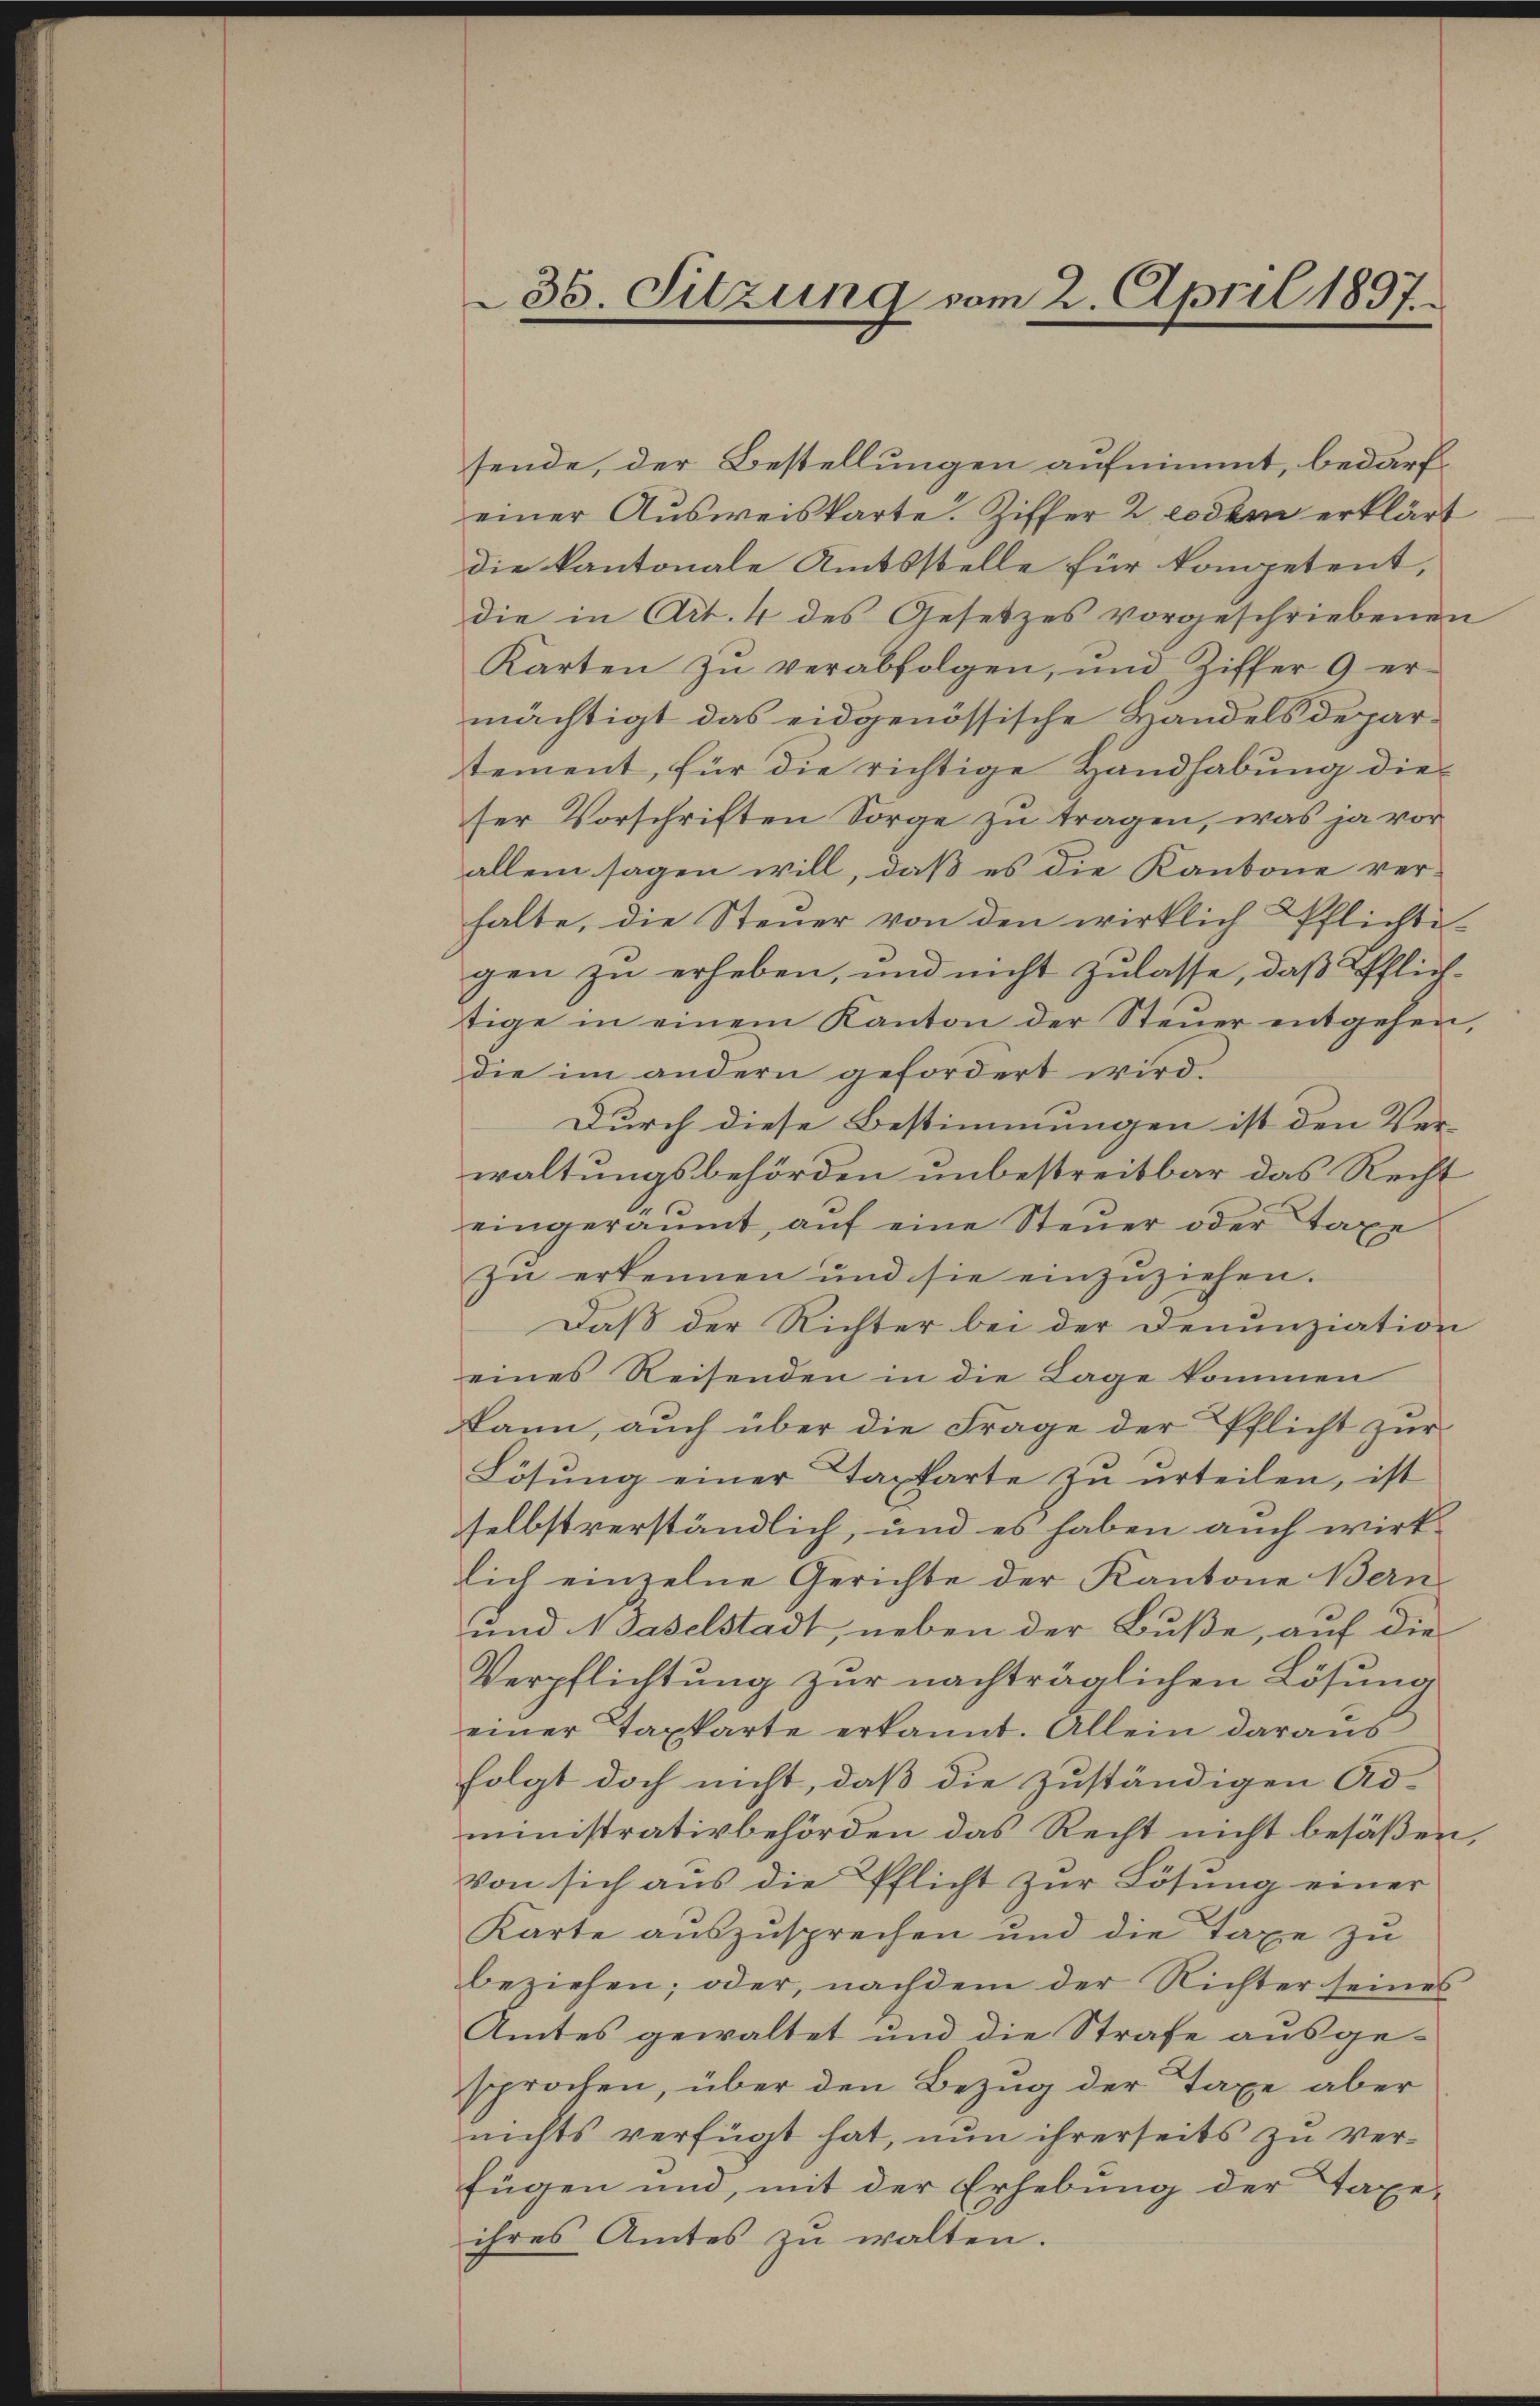
36. Sitzung vom 2. April 1897.

sende, der Bestellungen aufnimmt, bedarfeiner Aŭsweiskarte. Ziffer 2 eodem erklärt
die kantonale Amtsstelle für kompetent,
die in Art. 4 des Gesetzes vorgeschriebenen
Karten zŭ verabfolgen, und Ziffer 9 er-
mächtigt das eidgenössische Handelsdepartement, für die richtige Handhabung dieser Vorschriften Sorge zu tragen, was ja vor
allein sagen will, daß es die Kantone verhalte, die Steŭer von den wirklich Pflichte-
gen zu erheben, und nicht zulasse, daß Pflichtige in einem Kanton der Steŭer entgehen,
die im andern gefordert wird.
Durch diese Bestimmungen ist den Ver-
waltungsbehörden unbestreitbar das Recht
eingeräumt, aŭf eine Steŭer oder Taxe
zu erkennen und sie einzŭziehen.
Daß der Richter bei der Denunziation
eines Reisenden in die Lage kommen
kann, auch über die Frage der Pflicht zur
Lösŭng einer Taxkarte zŭ ŭrteilen, ist
selbstverständlich, und es haben auch wirklich einzelne Gerichte der Kantone Bern
und 1 Gaselstadt, neben der Buße, auf die
Verpflichtung zur nachträglichen Lösung
einer Taxkarte erkannt. Allein daraus
folgt doch nicht, daß die zuständigen Ad-
ministrativbehörden das Recht nicht besäßen,
von sich aus die Pflicht zur Lösung einer
Karte aŭszŭsprechen und die Taxe zŭ
beziehen; oder, nachdem der Richter seines
Amtes gewaltet und die Strafe ausge-
sprochen, über den Bezug der Taxe aber
nichts verfügt hat, nun ihrerseits zu ver-
fügen und, mit der Erhebung der Taxe-
ihres Amtes zŭ walten.